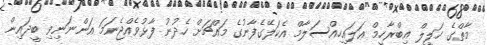
މާތްގެ ޚަލީލް އިބްރާހީމް ޢަލައިހިއްސަލާމް އެކަލޭގެފާނުގެ މައްޗަށް ހެދުނު ފާޅުވެއްޖެނަމަ އަންނަނިވި ބީދައިން